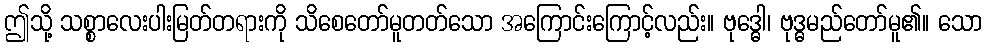
ဤသို့ သစ္စာလေးပါးမြတ်တရားကို သိစေတော်မူတတ်သော အကြောင်းကြောင့်လည်း။ ဗုဒ္ဓေါ၊ ဗုဒ္ဓမည်တော်မူ၏။ သော